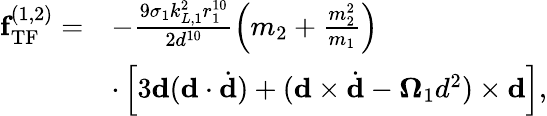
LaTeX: \begin{array}{rl}{\textbf{f}_{\mathrm{TF}}^{(1,2)}=}&{-\frac{9\sigma_{1}k_{L,1}^{2}r_{1}^{10}}{2d^{10}}\left(m_{2}+\frac{m_{2}^{2}}{m_{1}}\right)}\\ &{\cdot\left[3\mathbf{d}(\mathbf{d}\cdot\dot{\mathbf{d}})+(\mathbf{d}\times\dot{\mathbf{d}}-\mathbf{\Omega}_{1}d^{2})\times\mathbf{d}\right],}\end{array}